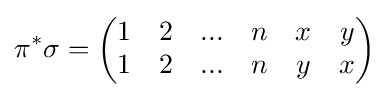
\pi ^{*}\sigma ={\begin{pmatrix}1&2&...&n&x&y\\1&2&...&n&y&x\end{pmatrix}}